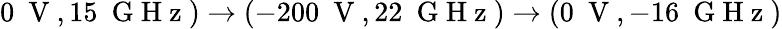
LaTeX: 0~\mathrm{~V~},15~\mathrm{~G~H~z~})\rightarrow(-200~\mathrm{~V~},22~\mathrm{~G~H~z~})\rightarrow(0~\mathrm{~V~},-16~\mathrm{~G~H~z~})